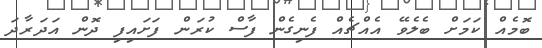
ބޮމެއް ކަމަށް ބެލެވޭ އެއްޗެއް ފެނިގެން ފާސް ކުރަން ފަށައިފި ދޮން އަދަރާދަ